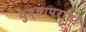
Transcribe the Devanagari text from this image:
युद्धापराधों